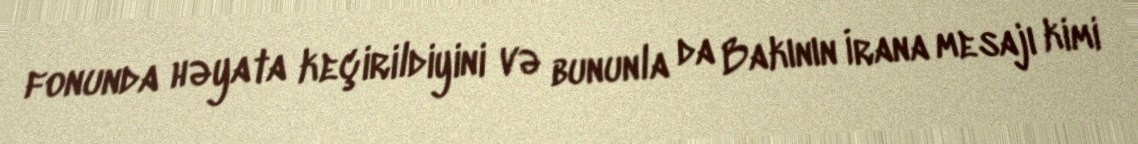
fonunda həyata keçirildiyini və bununla da Bakının İrana mesajı kimi